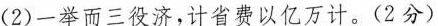
( 2 )一举而三役济，计省费以亿万计。( 2分 )